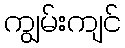
ကျွမ်းကျင်